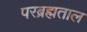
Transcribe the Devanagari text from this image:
परब्रह्मताल